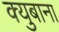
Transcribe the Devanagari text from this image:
क्युबाना